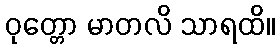
ဝုတ္တော မာတလိ သာရထိ။